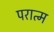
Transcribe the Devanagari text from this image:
परात्म